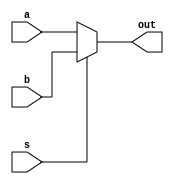
module p_mux32(a,b,s,out);
		input [31:0]a, b;
		input s;
		output [31:0]out;
		
		assign out[31:0] = s ? b[31:0]: a[31:0];
endmodule